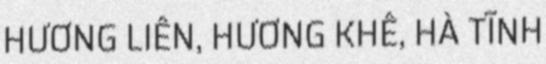
HƯƠNG LIÊN, HƯƠNG KHÊ, HÀ TĨNH